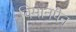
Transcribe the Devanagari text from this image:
विमानपैन